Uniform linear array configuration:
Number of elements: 32
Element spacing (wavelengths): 0.25
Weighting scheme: binomial
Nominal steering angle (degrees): -45
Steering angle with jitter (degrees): -44.662
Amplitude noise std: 0.05
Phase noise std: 0.05

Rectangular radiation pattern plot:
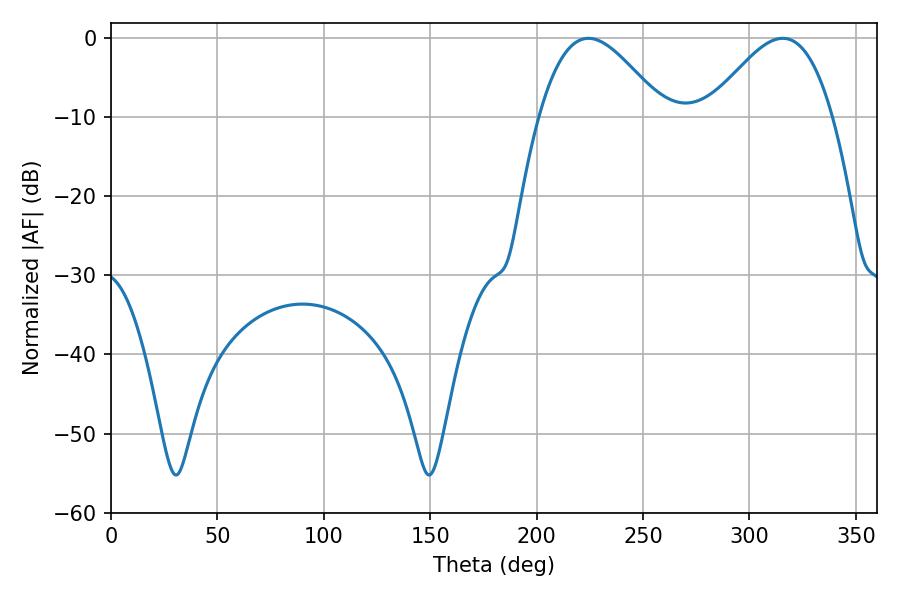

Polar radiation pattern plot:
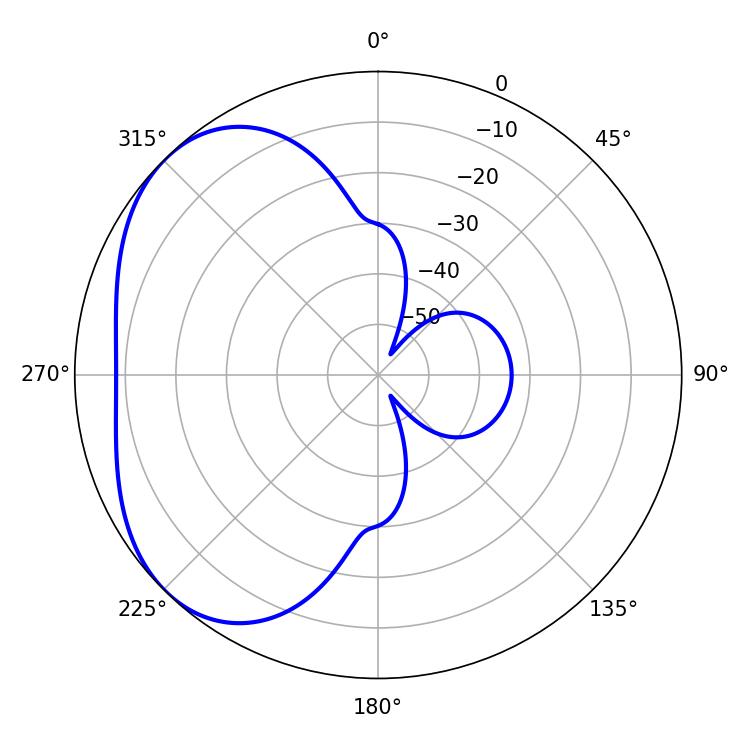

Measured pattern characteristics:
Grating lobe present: FALSE
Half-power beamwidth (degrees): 31.32
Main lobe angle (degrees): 224.28